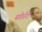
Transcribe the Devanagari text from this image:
मॉडरेटों